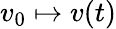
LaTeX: v_{0}\mapsto v(t)